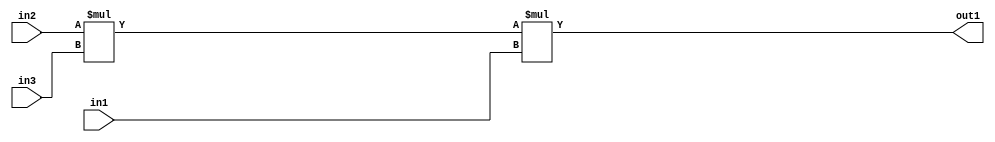
`timescale 1ps / 1ps
/*****************************************************************************
    Verilog RTL Description
    
    
    Created by: Stratus DpOpt 2019.1.01 
*******************************************************************************/

module pw_feature_addr_gen_Mul3u16u16u11_1 (
	in3,
	in2,
	in1,
	out1
	); /* architecture "behavioural" */ 
input [10:0] in3;
input [15:0] in2,
	in1;
output [31:0] out1;
wire [31:0] asc001;
wire [26:0] asc002;

assign asc002 = 
	+(in2 * in3);

assign asc001 = 
	+(asc002 * in1);

assign out1 = asc001;
endmodule

/* CADENCE  ubn2SAA= : u9/ySgnWtBlWxVPRXgAZ4Og= ** DO NOT EDIT THIS LINE ******/